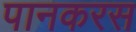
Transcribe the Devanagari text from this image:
पानकरस